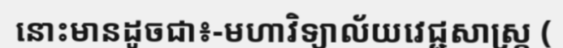
នោះមានដូចជា៖-មហាវិទ្យាល័យវេជ្ជសាស្ត្រ (